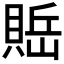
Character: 𰷇